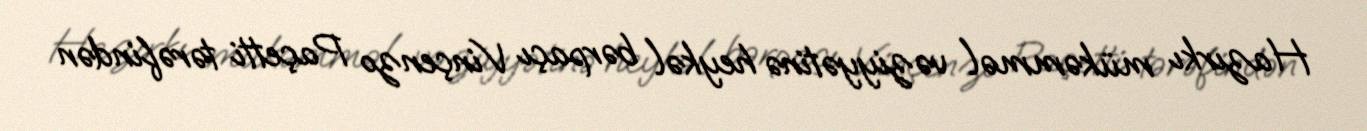
Hazırkı mükəmməl vəziyyətinə heykəl bərpaçı Vinçenzo Paçetti tərəfindən